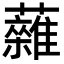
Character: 䕹